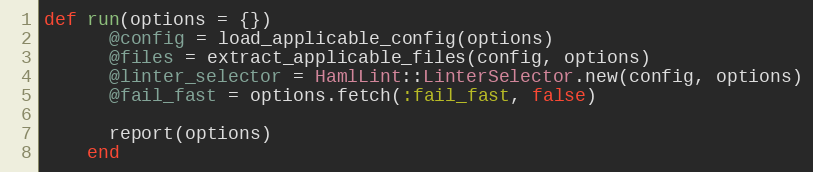
Language: Ruby
def run(options = {})
      @config = load_applicable_config(options)
      @files = extract_applicable_files(config, options)
      @linter_selector = HamlLint::LinterSelector.new(config, options)
      @fail_fast = options.fetch(:fail_fast, false)

      report(options)
    end